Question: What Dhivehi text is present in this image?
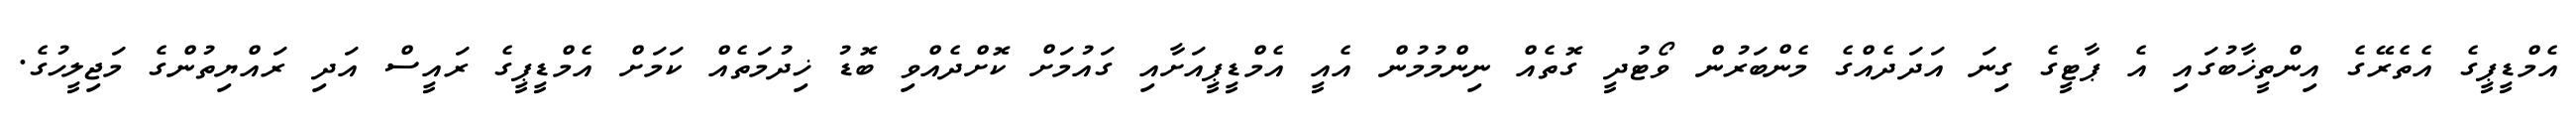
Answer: އެމްޑީޕީގެ އެތެރޭގެ އިންތީޚާބުގައި އެ ޕާޓީގެ ގިނަ އަދަދެއްގެ މެންބަރުން ވޯޓުދީ ގޮތެއް ނިންމުމުން އެއީ އެމްޑީޕީއަށާއި ގައުމަށް ކޮށްދެއްވި ބޮޑު ޚިދުމަތެއް ކަމަށް އެމްޑީޕީގެ ރައީސް އަދި ރައްޔިތުންގެ މަޖިލީހުގެ.